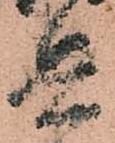
兵